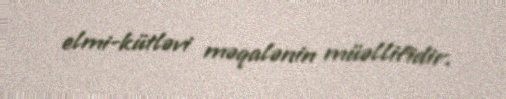
elmi-kütləvi məqalənin müəllifidir.